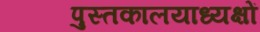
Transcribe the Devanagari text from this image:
पुस्तकालयाध्यक्षों